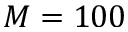
M = 1 0 0